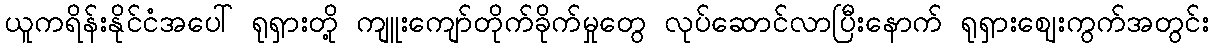
ယူကရိန်းနိုင်ငံအပေါ် ရုရှားတို့ ကျူးကျော်တိုက်ခိုက်မှုတွေ လုပ်ဆောင်လာပြီးနောက် ရုရှားဈေးကွက်အတွင်း